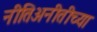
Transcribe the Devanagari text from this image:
नीतिअनीतीच्या